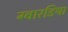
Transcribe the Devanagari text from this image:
ग्वारडिया